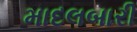
માદલબારી